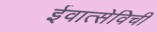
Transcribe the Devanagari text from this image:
ईवात्सेविची